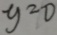
y = 0